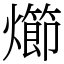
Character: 㸅